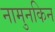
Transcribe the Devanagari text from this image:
नामुनकिन